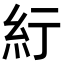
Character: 𬗃